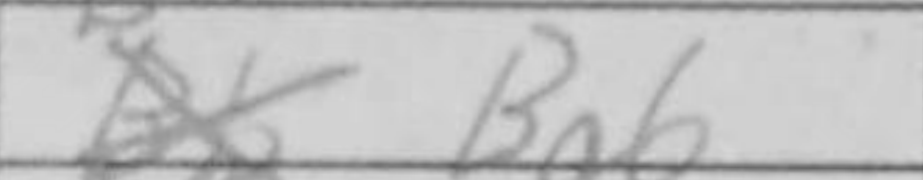
Transcription: Bg6